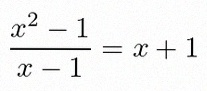
\frac{x^2-1}{x-1}=x+1